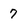
Character: 7